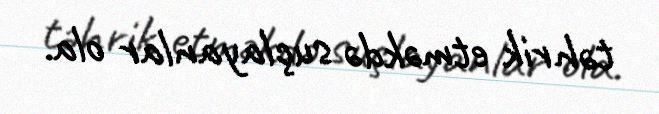
təhrik etməkdə suçlayanlar ola.